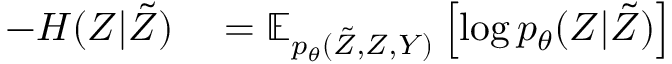
\begin{array} { r l } { - H ( Z | \tilde { Z } ) } & { { } = \mathbb { E } _ { p _ { \theta } ( \tilde { Z } , Z , Y ) } \left[ \log p _ { \theta } ( Z | \tilde { Z } ) \right] } \end{array}